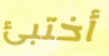
أختبئ